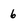
Character: 6